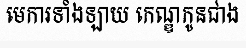
មេការទាំងឡាយ កេណ្ឌកូនជាង